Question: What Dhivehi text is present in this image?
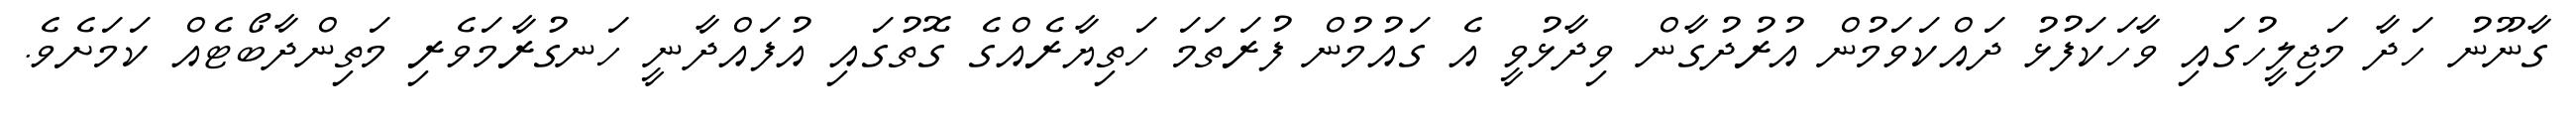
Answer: ގާނޫނު ހަދާ މަޖިލީހުގައި ވާހަކަފުޅު ދައްކަވަމުން އުރުދުގާން ވިދާޅުވީ އެ ގައުމުން ފުރަތަމަ ހަތިޔާރެއްގެ ގޮތުގައި އުފައްދާނީ ހަނގުރާމަވެރި މަތިންދާބޯޓެއް ކަމަށެވެ.